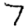
Digit: 7